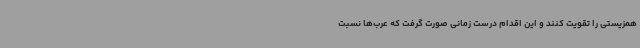
همزیستی را تقویت کنند و این اقدام درست زمانی صورت گرفت که عرب‌ها نسبت